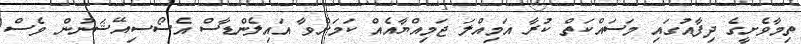
ތިމާވެށީގެ ދިފާއުގައި މަސައްކަތް ކުރާ އަމިއްލަ ޖަމިއްޔާއެއް ކަމަށްވާ އައިލެންޑާސް އެސޯސިއޭޝަނުން ވެސް